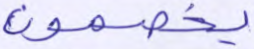
يخصمون